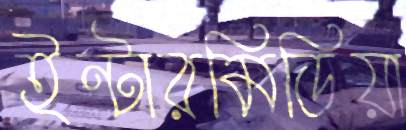
ইন্টারমিডিয়া